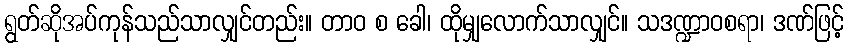
ရွတ်ဆိုအပ်ကုန်သည်သာလျှင်တည်း။ တာဝ စ ခေါ၊ ထိုမျှလောက်သာလျှင်။ သဒဏ္ဍာဝစရာ၊ ဒဏ်ဖြင့်